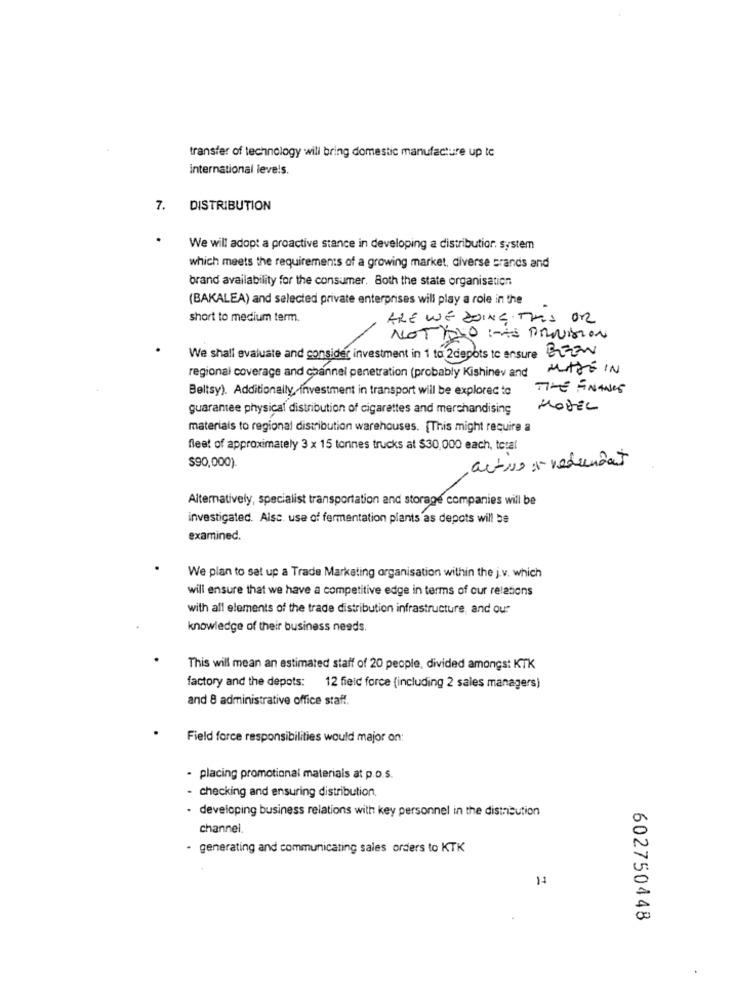
transfer of technology will bring domestic manufacture up tc
international levels.
7.
DISTRIBUTION
We will adopt a proactive stance in developing a distributior, system
which meets the requirements of a growing market, diverse brands and
brand availability for the consumer. Both the state organisation
(BAKALEA) and selected private enterprises will play a role in the
short to medium term.
ARE WE DOING THIS OR
NOTAIO :- PROVISION
We shall evaluate and consider investment in 1 to 2depots to ensure BEEN
MADE IN
regional coverage and channel penetration (probably Kishinev and
Beltsy). Additionally, investment in transport will be explored to
THE FINANCE
guarantee physical distribution of cigarettes and merchandising
MODEL
materials to regional distribution warehouses. [This might require a
fleet of approximately 3 x 15 tonnes trucks at $30,000 each, total
$90,000).
active :- redundant
Alternatively, specialist transportation and storage companies will be
investigated. Alsc. use of fermentation plants as depots will be
examined.
We plan to set up a Trade Marketing organisation within the j.v. which
will ensure that we have a competitive edge in terms of our relations
with all elements of the trade distribution infrastructure, and our
knowledge of their business needs.
This will mean an estimated staff of 20 people, divided amongs: KTK
factory and the depots: 12 field force (including 2 sales managers)
and 8 administrative office staff.
Field force responsibilities would major on:
- placing promotional materials at p.o.s.
checking and ensuring distribution.
- developing business relations with key personnel in the distribution
channel.
- generating and communicating sales orders to KTK
11
602750448
.